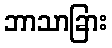
ဘာသာခြား